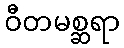
ဝီတမစ္ဆရာ